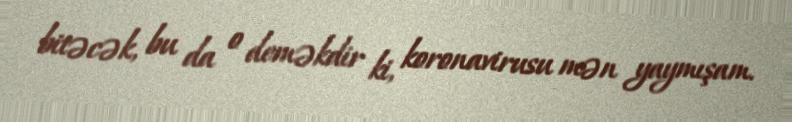
bitəcək, bu da o deməkdir ki, koronavirusu mən yaymışam.